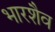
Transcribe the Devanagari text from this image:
भारशैव